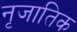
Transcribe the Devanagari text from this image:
नृजातिक